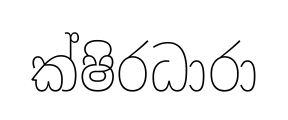
ක්ෂිරධාරා